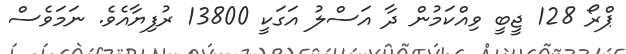
ޕްރޯ 128 ޖީބީ ވިއްކަމުން ދާ އަސްލު އަގަކީ 13800 ރުފިޔާއެވެ. ނަމަވެސް